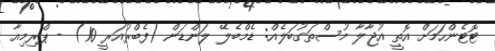
ޓޮޓެންހަމަށް އޮތީ އުޖާލާ މުސްތަގުބަލެއް: ޑެމްބެލޭ ލަންޑަން (ފެބްރުއަރީ 10) - ޕްރިމިއާ